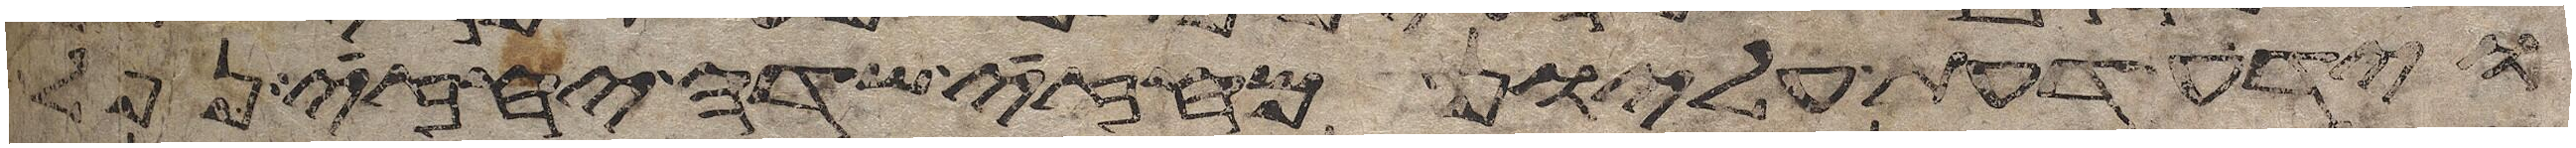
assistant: וידע דעת עליון מחזה שדה יחזה נפל